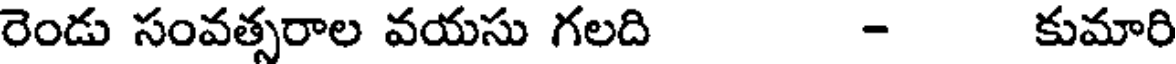
రెండు సంవత్సరాల వయసు గలది - కుమారి